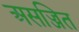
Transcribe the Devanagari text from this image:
असज्जित